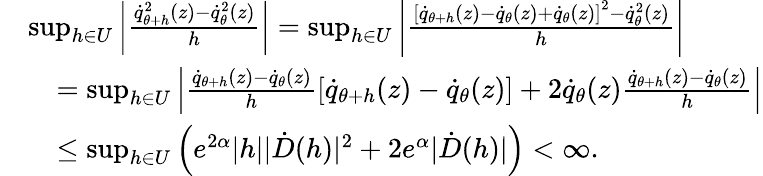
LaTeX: \begin{array}{rl}&{\operatorname*{sup}_{h\in U}\left|\frac{\dot{q}_{\theta+h}^{2}(z)-\dot{q}_{\theta}^{2}(z)}{h}\right|=\operatorname*{sup}_{h\in U}\left|\frac{\left[\dot{q}_{\theta+h}(z)-\dot{q}_{\theta}(z)+\dot{q}_{\theta}(z)\right]^{2}-\dot{q}_{\theta}^{2}(z)}{h}\right|}\\ &{\quad=\operatorname*{sup}_{h\in U}\left|\frac{\dot{q}_{\theta+h}(z)-\dot{q}_{\theta}(z)}{h}\left[\dot{q}_{\theta+h}(z)-\dot{q}_{\theta}(z)\right]+2\dot{q}_{\theta}(z)\frac{\dot{q}_{\theta+h}(z)-\dot{q}_{\theta}(z)}{h}\right|}\\ &{\quad\le\operatorname*{sup}_{h\in U}\left(e^{2\alpha}|h||\dot{D}(h)|^{2}+2e^{\alpha}|\dot{D}(h)|\right)<\infty.}\end{array}